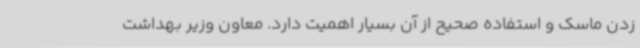
زدن ماسک و استفاده صحیح از آن بسیار اهمیت دارد. معاون وزیر بهداشت